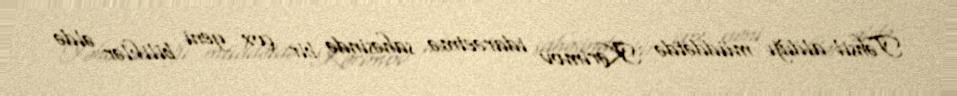
Təhsil aldığı müddətdə Kərimov idarəetmə sahəsində bir çox yeni biliklər əldə